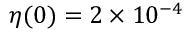
\eta ( 0 ) = 2 \times 1 0 ^ { - 4 }